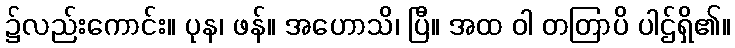
၌လည်းကောင်း။ ပုန၊ ဖန်။ အဟောသိ၊ ပြီ။ အထ ဝါ တတြာပိ ပါဌ်ရှိ၏။